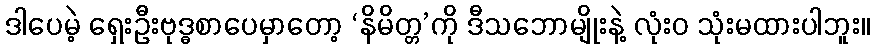
ဒါပေမဲ့ ရှေးဦးဗုဒ္ဓစာပေမှာတော့ ‘နိမိတ္တ’ကို ဒီသဘောမျိုးနဲ့ လုံးဝ သုံးမထားပါဘူး။